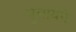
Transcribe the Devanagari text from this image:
भुलायेंगे